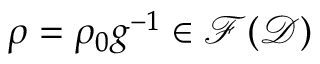
\rho = \rho _ { 0 } g ^ { - 1 } \in \mathcal { F } ( \mathcal { D } )